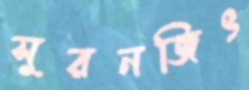
সুরনজিৎ